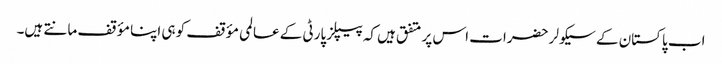
اب پاکستان کے سیکولر حضرات اس پر متفق ہیں کہ پیپلز پارٹی کے عالمی مؤقف کو ہی اپنا مؤقف مانتے ہیں۔